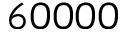
6 0 0 0 0